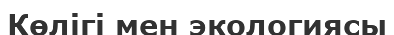
Көлігі мен экологиясы